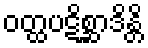
ဝတ္ထပဋိစ္ဆာဒိန္တိ